Annual administration and progress report of the Indian Medical Department, Bombay
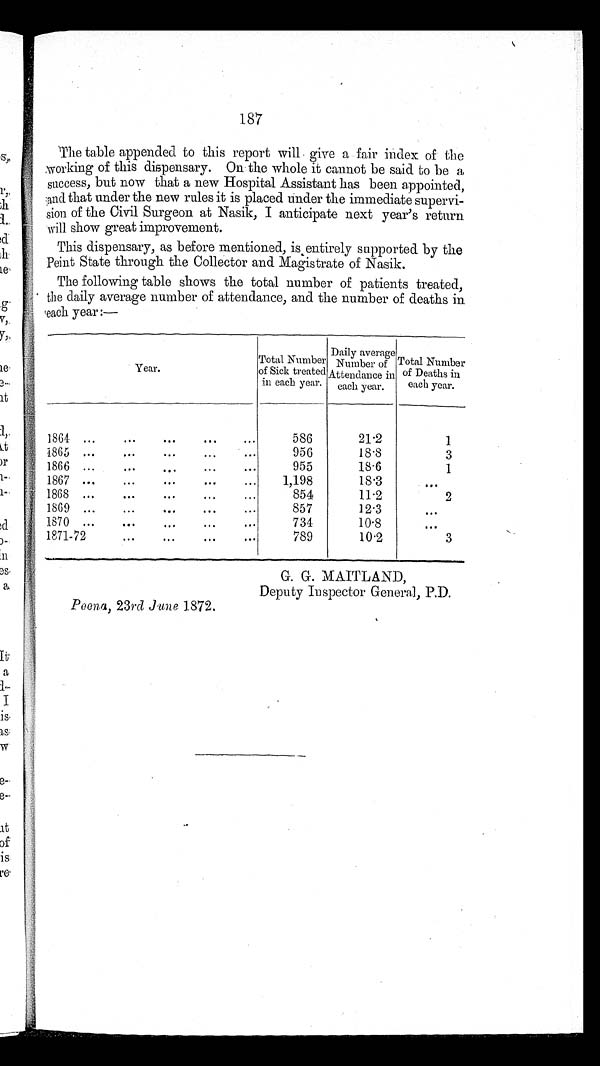
187
The table appended to this report will give a fair index of the
working of this dispensary. On the whole it cannot be said to be a
success, but now that a new Hospital Assistant has been appointed,
and that under the new rules it is placed under the immediate supervi-
sion of the Civil Surgeon at Nasik, I anticipate next year's return
will show great improvement.
This dispensary, as before mentioned, is entirely supported by the
P eint State through the Collector and Magistrate of Nasik.
The following table shows the total number of patients treated,
the daily average number of attendance, and the number of deaths in
each year :—
Y e a r .
Total Number
of Sick treated
in each year.
Daily average
Number of
Attendance in
each year.
Total Number
of Deaths in
each year.
1864
586
21.2
1
1865
956
18'8
3
1866
955
18.6
1
1867
1,198
18.3
. . .
1868
854
11.2
2
1869
857
12.3
. . .
1870
734
10.8
. . .
1871-72
789
10.2
3
Poona, 23rd June 1872.
G. G. MAITLAND,
Deputy Inspector General, P.D.